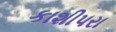
કાશીપરા